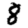
Digit: 8